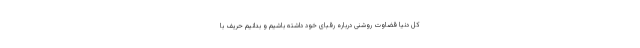
کل دنیا قضاوت روشنی درباره رقبای خود داشته باشیم و بدانیم حریف با